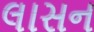
લાસન